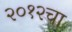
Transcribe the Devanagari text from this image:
२०१२चा